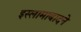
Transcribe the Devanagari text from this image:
इस्लामाबादने